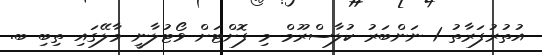
އުތުރުފަރާތު 1 ނަންބަރު ކުލާސްރޫމް މި ފޮށްޓަށް ވޯޓުލާނީ މާލޭގައި ތިބި ބ.